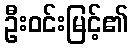
ဦးဝင်းမြင့်၏